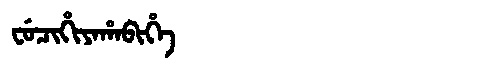
Manchu: ᠸᡠᠴᡳᡥᡳᠶᠠᡥᠠᠪᡳᡥᡝ
Romanization: FUCIHIYAHABIHE